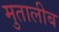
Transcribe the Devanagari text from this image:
मुतालीब